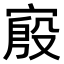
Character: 𫳪